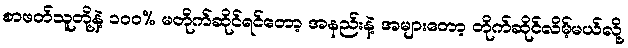
စာဖတ်သူတို့နဲ့ ၁၀၀% မတိုက်ဆိုင်ရင်တော့ အနည်းနဲ့ အများတော့ တိုက်ဆိုင်လိမ့်မယ်လို့